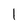
Character: 1